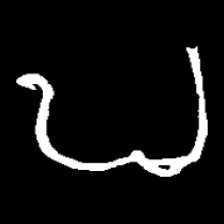
Pyu character \u2014 Myanmar letter: ဎ (romanized: ddha)